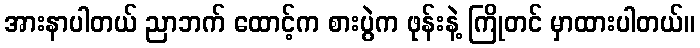
အားနာပါတယ် ညာဘက် ထောင့်က စားပွဲက ဖုန်းနဲ့ ကြိုတင် မှာထားပါတယ်။